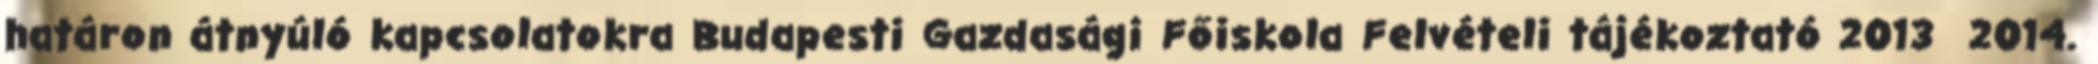
határon átnyúló kapcsolatokra Budapesti Gazdasági Főiskola Felvételi tájékoztató 2013 2014.